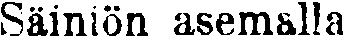
Säiniön asemalla